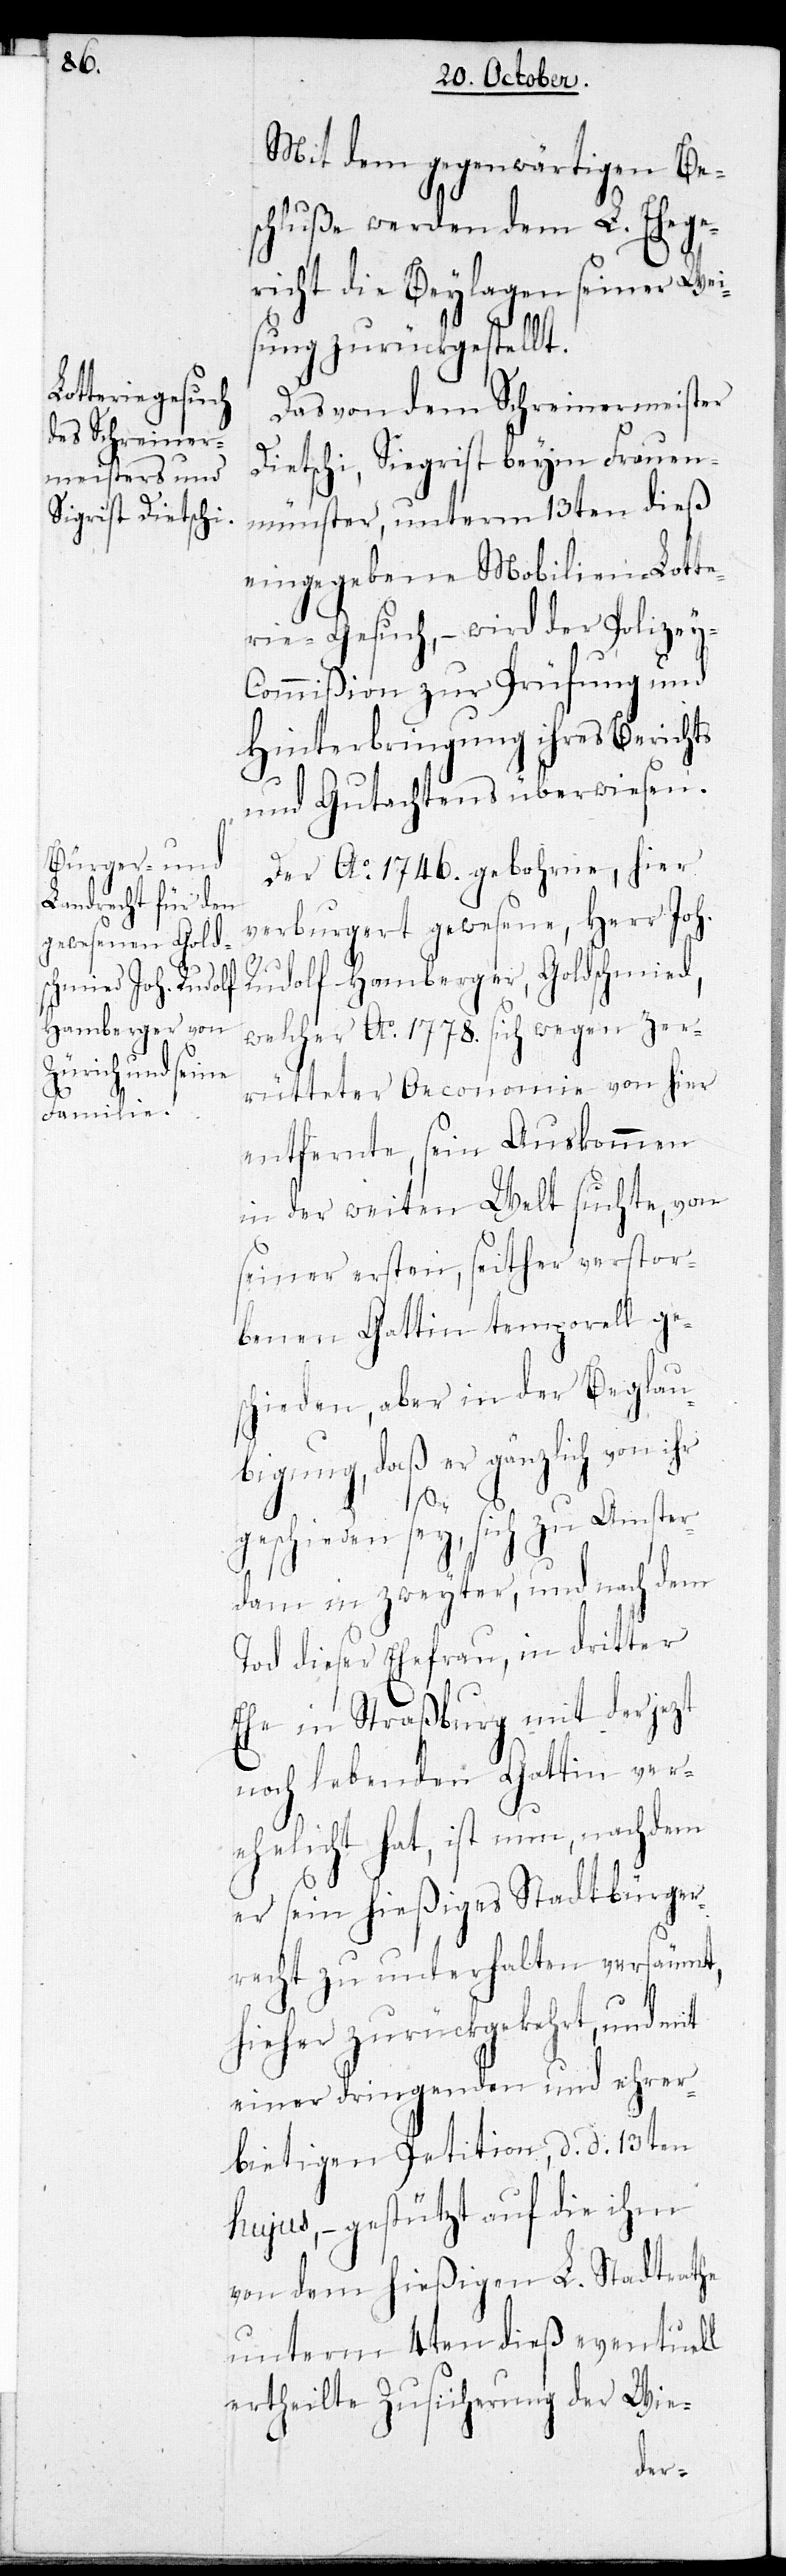
Mit dem gegenwärtigen Be¬
schluße werden dem L. Ehege¬
richt die Beylagen seiner Wei¬
sung zurückgestellt.
Das von dem Schreinermeister
Dietschi, Siegrist [sic!] beym Fraue¬
nmünster, unterm 13ten dieß
eingegebene Mobilien-Lotte¬
rie-Gesuch, – wird der Polizey-C¬
ommißion zur Prüfung und
Hinterbringung ihres Berichts
und Gutachtens überwiesen.
Der Ao 1746. gebohrne, hier
verburgert gewesene, Herr Joh.
Rudolf Hamberger, Goldschmied,
welcher Ao 1778. sich wegen zer¬
rütteter Oeconomie von hier
entfernte, sein Auskommen
in der weiten Welt suchte, von
seiner ersten, seither verstor¬
benen Gattin temporell ges¬
chieden, aber in der Beglau¬
bigung, daß er gänzlich von ihr
geschieden sey, sich zu Amster¬
dam in zweyter, und nach dem
Tod dieser Ehefrau, in dritter
Ehe in Straßburg mit der jezt
noch lebenden Gattin ver¬
ehelicht hat, ist nun, nachdem
er sein hießiges Stadtbürger¬
recht zu unterhalten versäumt,
hieher zurückgekehrt, und mit
einer dringenden und ehrer¬
bietigen Petition, d. d. 13ten
hujus, – gestützt auf die ihm
von dem hießigen L. Stadtrathe
unterm 4ten dieß eventuell
ertheilte Zusicherung der Wie-